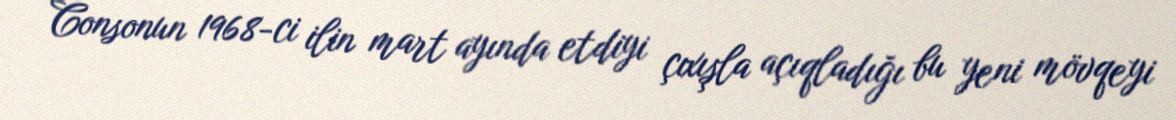
Consonun 1968-ci ilin mart ayında etdiyi çıxışla açıqladığı bu yeni mövqeyi